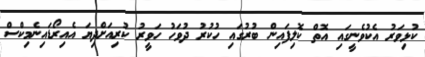
ކުޅިވަރު އެކުވެނީގައި އޮތް ކޮލިފައިން ބުރުގައި ހުކުރު ދުވަހު ހަވީރު ކުރިއަށްދިޔަ އެއިރޯޑައިނެމިކްސް